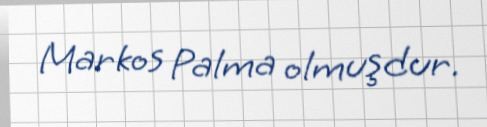
Markos Palma olmuşdur.